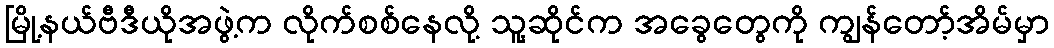
မြို့နယ်ဗီဒီယိုအဖွဲ့က လိုက်စစ်နေလို့ သူ့ဆိုင်က အခွေတွေကို ကျွန်တော့်အိမ်မှာ